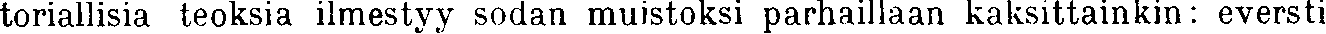
toriallisia teoksia ilmestyy sodan muistoksi parhaillaan kaksittainkin: eversti